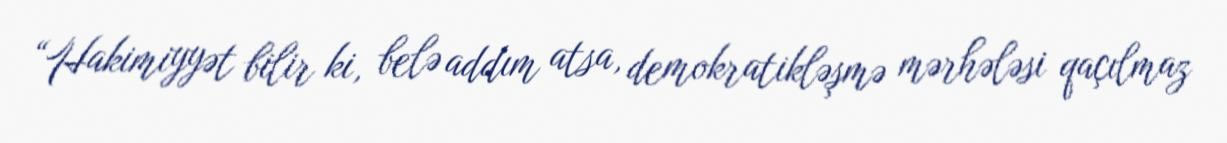
“Hakimiyyət bilir ki, belə addım atsa, demokratikləşmə mərhələsi qaçılmaz